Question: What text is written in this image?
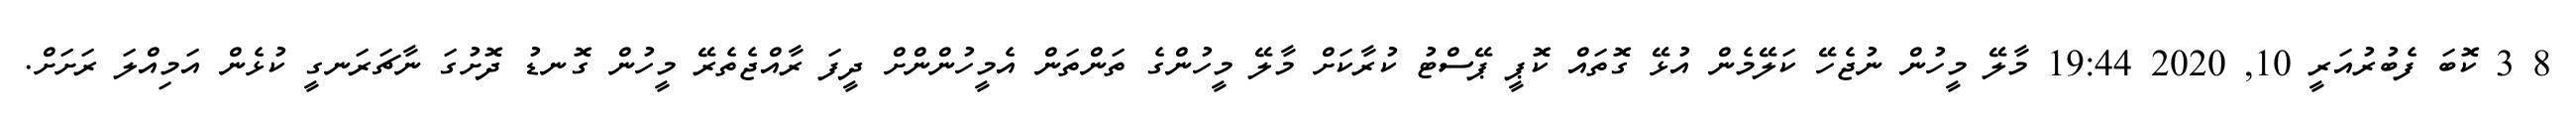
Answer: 8 3 ކޮބަ ފެބުރުއަރީ 10, 2020 19:44 މާލޭ މީހުން ނުޖެހޭ ކަލޭމެން އުޅޭ ގޮތައް ކޮޕީ ޕޭސްޓު ކުރާކަށް މާލޭ މީހުންގެ ތަންތަން އެމީހުންންށް ދީފަ ރާއްޖެތެރޭ މީހުން ގޮނޑު ދޮށުގަ ނާޗަރަނގީ ކުޅެން އަމިއްލަ ރަށަށް.